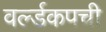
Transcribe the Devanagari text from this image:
वर्ल्डकपची